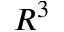
R ^ { 3 }